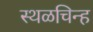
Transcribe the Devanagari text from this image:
स्थळचिन्ह